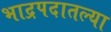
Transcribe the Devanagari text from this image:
भाद्रपदातल्या